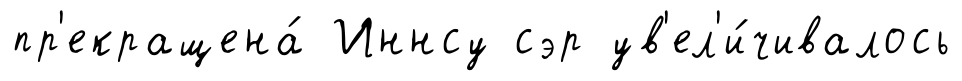
пр'екращена́ Иннсу сэр ув'ел'и́чивалось